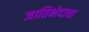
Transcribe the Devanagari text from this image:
जातिभेदाचा